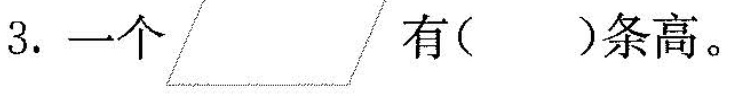
3.一个 有( )条高。